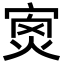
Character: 𡨿